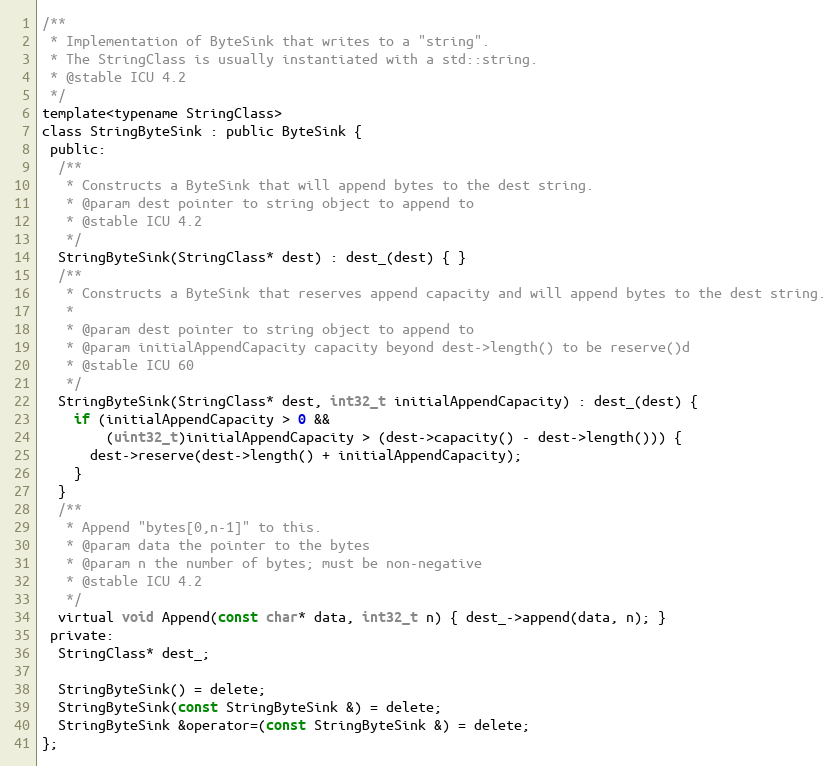
Language: C
/**
 * Implementation of ByteSink that writes to a "string".
 * The StringClass is usually instantiated with a std::string.
 * @stable ICU 4.2
 */
template<typename StringClass>
class StringByteSink : public ByteSink {
 public:
  /**
   * Constructs a ByteSink that will append bytes to the dest string.
   * @param dest pointer to string object to append to
   * @stable ICU 4.2
   */
  StringByteSink(StringClass* dest) : dest_(dest) { }
  /**
   * Constructs a ByteSink that reserves append capacity and will append bytes to the dest string.
   *
   * @param dest pointer to string object to append to
   * @param initialAppendCapacity capacity beyond dest->length() to be reserve()d
   * @stable ICU 60
   */
  StringByteSink(StringClass* dest, int32_t initialAppendCapacity) : dest_(dest) {
    if (initialAppendCapacity > 0 &&
        (uint32_t)initialAppendCapacity > (dest->capacity() - dest->length())) {
      dest->reserve(dest->length() + initialAppendCapacity);
    }
  }
  /**
   * Append "bytes[0,n-1]" to this.
   * @param data the pointer to the bytes
   * @param n the number of bytes; must be non-negative
   * @stable ICU 4.2
   */
  virtual void Append(const char* data, int32_t n) { dest_->append(data, n); }
 private:
  StringClass* dest_;

  StringByteSink() = delete;
  StringByteSink(const StringByteSink &) = delete;
  StringByteSink &operator=(const StringByteSink &) = delete;
};